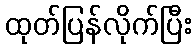
ထုတ်ပြန်လိုက်ပြီး